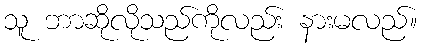
သူ ဘာဆိုလိုသည်ကိုလည်း နားမလည်။